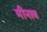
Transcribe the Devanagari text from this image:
मीनाब